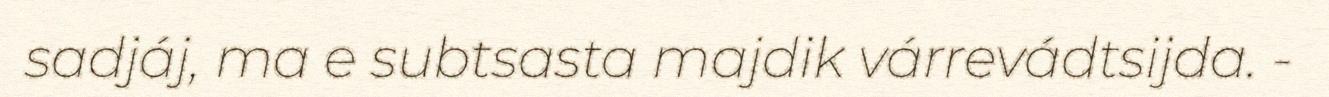
sadjáj, ma e subtsasta majdik várrevádtsijda. -